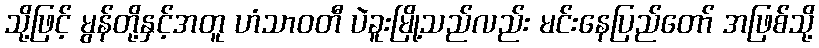
သို့ဖြင့် မွန်တို့နှင့်အတူ ဟံသာဝတီ ပဲခူးမြို့သည်လည်း မင်းနေပြည်တော် အဖြစ်သို့